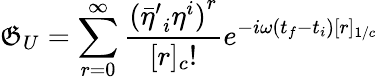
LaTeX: \mathfrak{G}_{U}=\sum_{r=0}^{\infty}\frac{{{({{\bar{{\eta}}}^{\prime}}_{i}{\eta}^{i})}^{r}}}{{[r]_{c}!}}e^{-i\omega(t_{f}-t_{i})[r]_{1/c}}